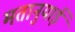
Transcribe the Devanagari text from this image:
मतानुयाई